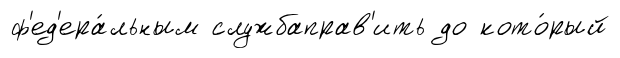
ф'ед'ера́льным службаправ'ить до кото́рый